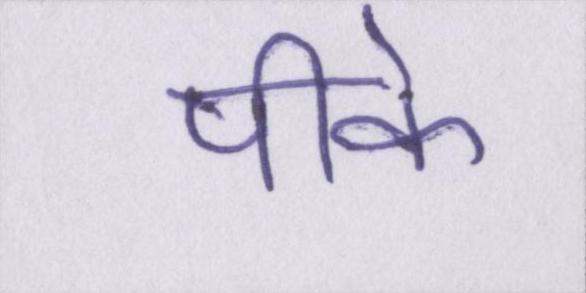
पीके